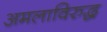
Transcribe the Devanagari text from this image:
अमलाविरुद्ध